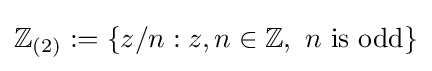
\mathbb {Z} _{(2)}:=\{z/n:z,n\in \mathbb {Z} ,\,\,n{\text{ is odd}}\}